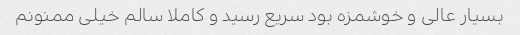
بسیار عالی و خوشمزه بود سریع رسید و کاملا سالم خیلی ممنونم